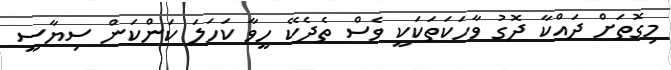
މިގޮތަށް ދައްކާ ދޮގު ވާހަކަތަކަކީ ވެސް ތެދެކޭ ހީވާ ކަހަލަ ކަންކަން ސިޔާސީ